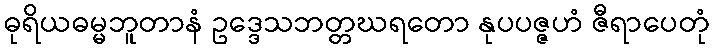
ဓုရိယဓမ္မဘူတာနံ ဥဒ္ဒေသဘတ္တဃရတော နုပပဇ္ဇဟံ ဇီရာပေတုံ